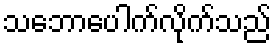
သဘောပေါက်လိုက်သည်